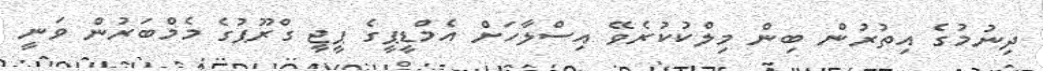
ދިނުމުގެ އިތުރުން ބިން މިލްކުކުރެވޭ އިސްލާހަށް އެމްޑީޕީގެ ޕީޖީ ގްރޫޕުގެ މެމްބަރުން ވަނީ